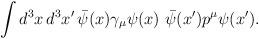
LaTeX: \begin{align*}\int d^3x\,d^3x' \, \bar{\psi}(x)\gamma_\mu \psi(x) \,\, \bar{\psi}(x') p^\mu \psi(x') . \end{align*}